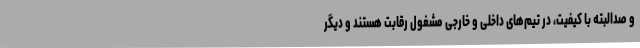
و صدالبته با کیفیت، در تیم‌های داخلی و خارجی مشغول رقابت هستند و دیگر